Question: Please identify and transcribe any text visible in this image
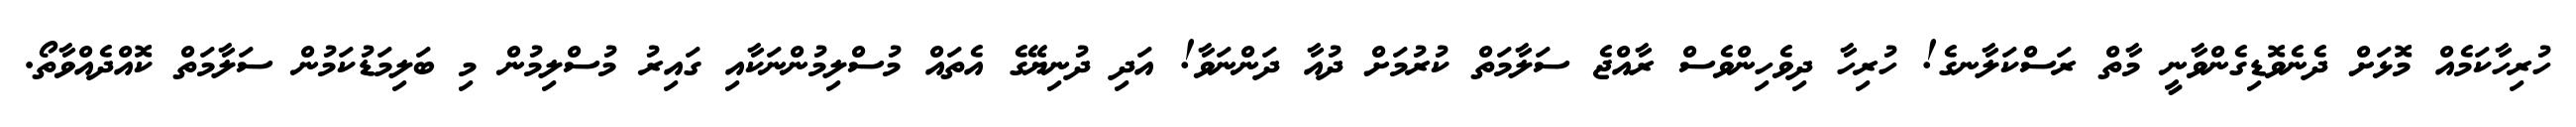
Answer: ހުރިހާކަމެއް މޮޅަށް ދެނެވޮޑިގެންވާނީ މާތް ރަސްކަލާނގެ! ހުރިހާ ދިވެހިންވެސް ރާއްޖެ ސަލާމަތް ކުރުމަށް ދުއާ ދަންނަވާ! އަދި ދުނިޔޭގެ އެތައް މުސްލިމުންނަކާއި ގައިރު މުސްލިމުން މި ބަލިމަޑުކަމުން ސަލާމަތް ކޮއްދެއްވާތޯ.